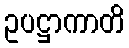
ဥပဋ္ဌာကာတိ